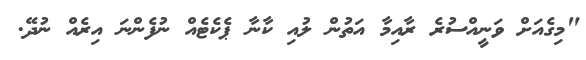
"މިގެއަށް ވަނީއްސުރެ ރާއިމާ އަތުން ލުއި ކާނާ ޕެކެޓެއް ނުފެންނަ އިރެއް ނުދޭ.